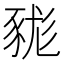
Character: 𧱓